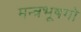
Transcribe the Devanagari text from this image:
मन्त्रभूषगो